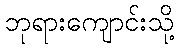
ဘုရားကျောင်းသို့